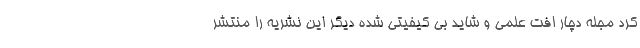
کرد مجله دچار افت علمی و شاید بی کیفیتی شده دیگر این نشریه را منتشر